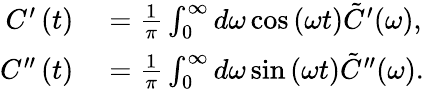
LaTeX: \begin{array}{rl}{C^{\prime}\left(t\right)}&{{}=\frac{1}{\pi}\int_{0}^{\infty}d\omega\cos\left(\omega t\right)\tilde{C}^{\prime}(\omega),}\\ {C^{\prime\prime}\left(t\right)}&{{}=\frac{1}{\pi}\int_{0}^{\infty}d\omega\sin\left(\omega t\right)\tilde{C}^{\prime\prime}(\omega).}\end{array}